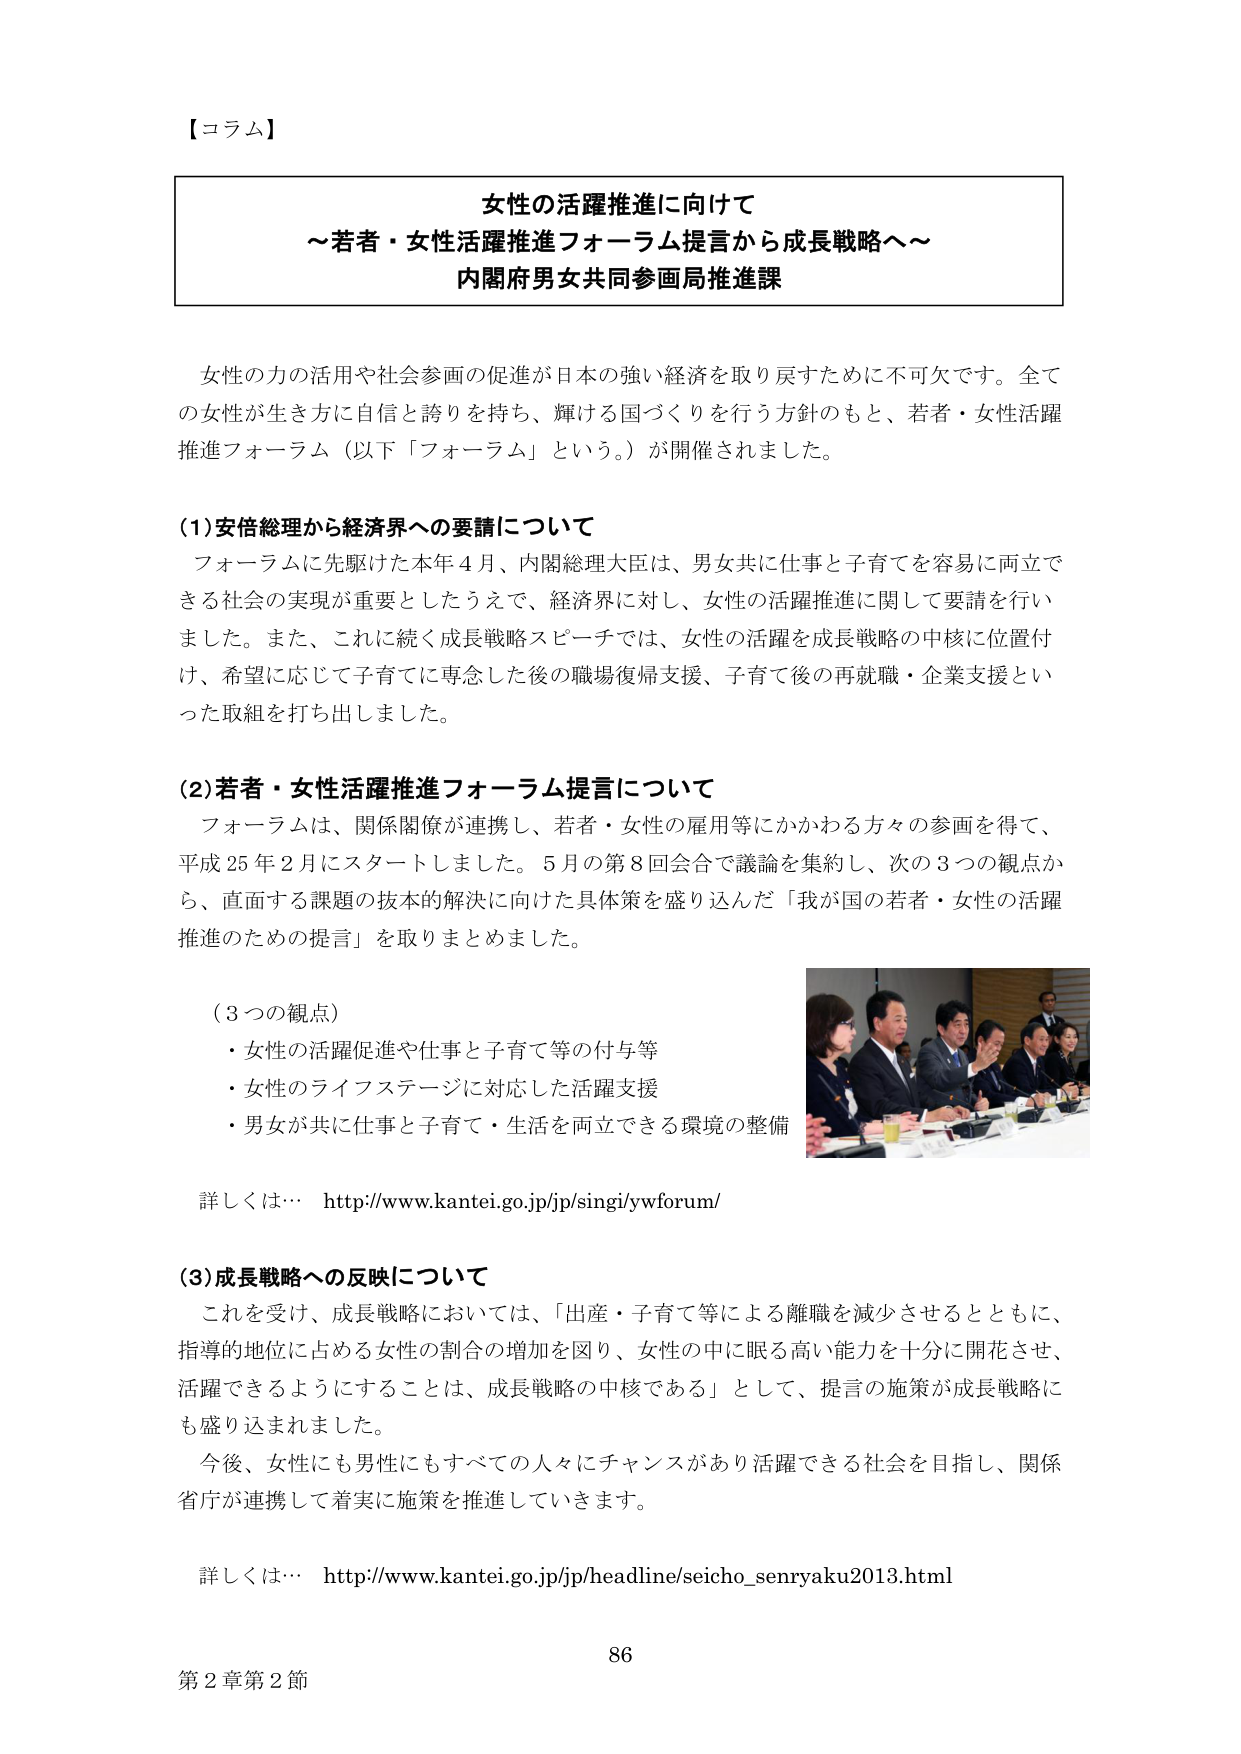
【コラム】

女性の活躍推進に向けて
～若者・女性活躍推進フォーラム提言から成長戦略へ～
内閣府男女共同参画局推進課

女性の力の活用や社会参画の促進が日本の強い経済を取り戻すために不可欠です。全ての女性が生き方に自信と誇りを持ち、輝ける国づくりを行う方針のもと、若者・女性活躍推進フォーラム（以下「フォーラム」という。）が開催されました。

(1) 安倍総理から経済界への要請について
フォーラムに先駆けた本年４月、内閣総理大臣は、男女共に仕事と子育てを容易に両立できる社会の実現が重要としたうえで、経済界に対し、女性の活躍推進に関して要請を行いました。また、これに続く成長戦略スピーチでは、女性の活躍を成長戦略の中核に位置付け、希望に応じて子育てに専念した後の職場復帰支援、子育て後の再就職・企業支援といった取組を打ち出しました。

(2) 若者・女性活躍推進フォーラム提言について
フォーラムは、関係閣僚が連携し、若者・女性の雇用等にかかわる方々の参画を得て、平成25年2月にスタートしました。5月の第8回会合で議論を集約し、次の3つの観点から、直面する課題の抜本的解決に向けた具体策を盛り込んだ「我が国の若者・女性の活躍推進のための提言」を取りまとめました。

（3つの観点）
・女性の活躍促進や仕事と子育て等の付与等
・女性のライフステージに対応した活躍支援
・男女が共に仕事と子育て・生活を両立できる環境の整備

詳しくは… http://www.kantei.go.jp/jp/singi/ywforum/

(3) 成長戦略への反映について
これを受け、成長戦略においては、「出産・子育て等による離職を減少させるとともに、指導的地位に占める女性の割合の増加を図り、女性の中に眠る高い能力を十分に開花させ、活躍できるようにすることは、成長戦略の中核である」として、提言の施策が成長戦略にも盛り込まれました。
今後、女性にも男性にもすべての人々にチャンスがあり活躍できる社会を目指し、関係省庁が連携して着実に施策を推進していきます。

詳しくは… http://www.kantei.go.jp/jp/headline/seicho_senryaku2013.html

86
第2章第2節